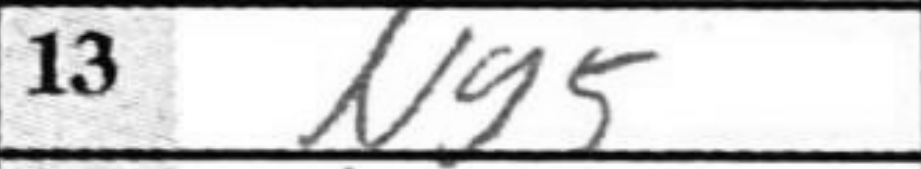
Transcription: Ng5